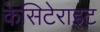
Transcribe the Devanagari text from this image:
केसिटेराइट